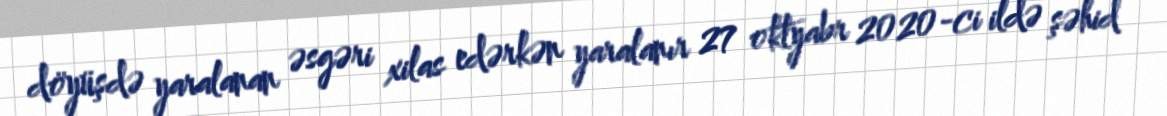
döyüşdə yaralanan əsgəri xilas edərkən yaralanır 27 oktyabr 2020-ci ildə şəhid